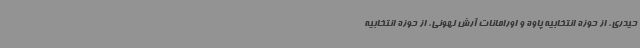
حیدری، از حوزه انتخابیه پاوه و اورامانات آرش لهونی، از حوزه انتخابیه